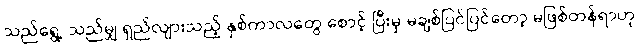
သည်ရွေ့ သည်မျှ ရှည်လျားသည့် နှစ်ကာလတွေ စောင့် ပြီးမှ မချစ်ပြင်ပြင်တော့ မဖြစ်တန်ရာဟု